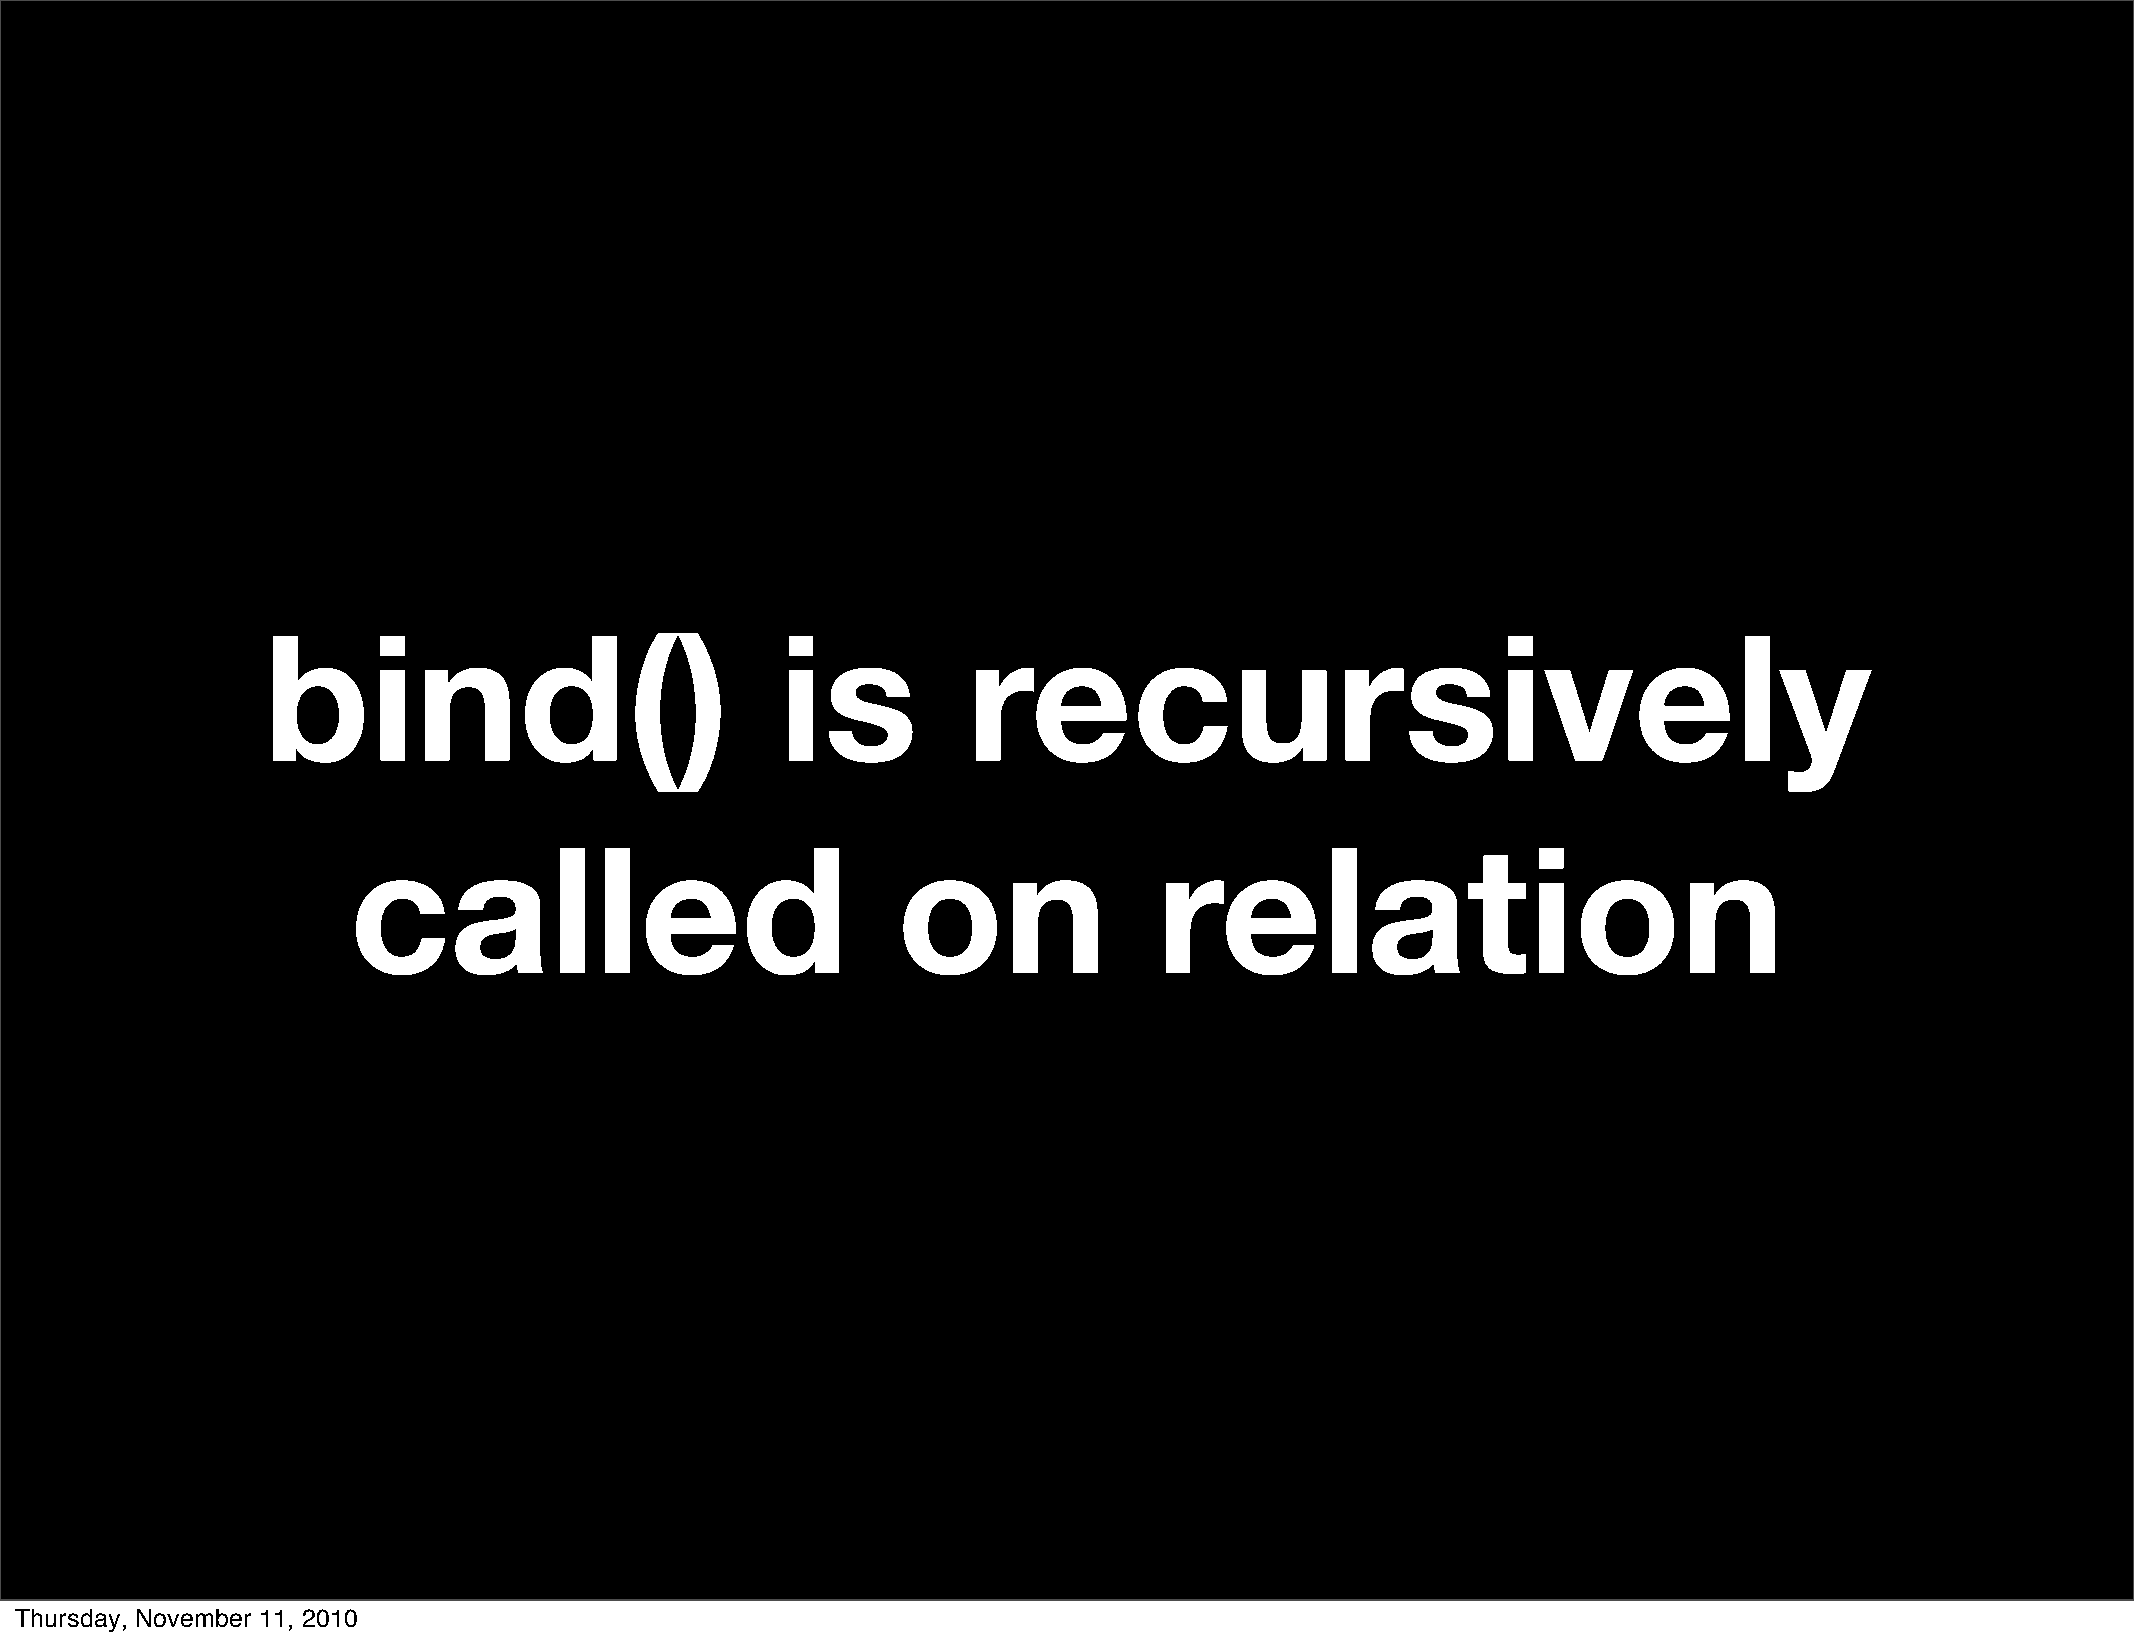
bind()                             is          recursively
 called                              on                relation
 Thursday, November 11, 2010